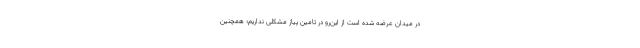
در میدان عرضه شده است از این‌رو در تامین پیاز مشکلی نداریم؛ همچنین